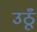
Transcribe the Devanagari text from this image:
उठूँ